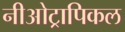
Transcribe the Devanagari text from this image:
नीओट्रापिकल